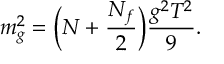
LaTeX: m _ { g } ^ { 2 } = \Big ( N + { \frac { N _ { f } } { 2 } } \Big ) { \frac { g ^ { 2 } T ^ { 2 } } { 9 } } .